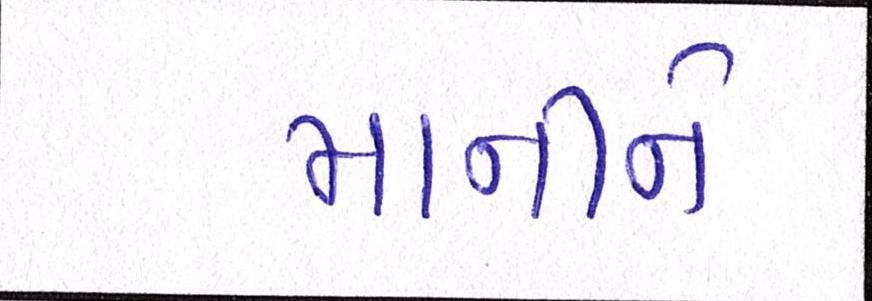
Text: માનીને